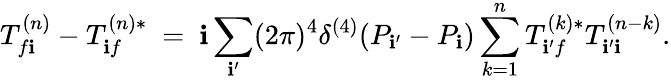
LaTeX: T_{f\mathbf{i}}^{(n)}-T_{\mathbf{i}f}^{(n)*}\ =\ \mathbf{i}\sum_{\mathbf{i}^{\prime}}(2\pi)^{4}\delta^{(4)}(P_{\mathbf{i}^{\prime}}-P_{\mathbf{i}})\sum_{k=1}^{n}T_{\mathbf{i}^{\prime}f}^{(k)*}T_{\mathbf{i}^{\prime}\mathbf{i}}^{(n-k)}.